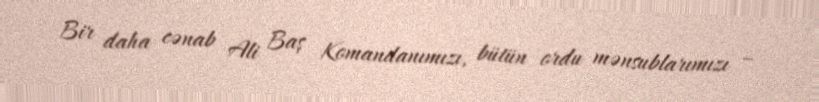
Bir daha cənab Ali Baş Komandanımızı, bütün ordu mənsublarımızı –